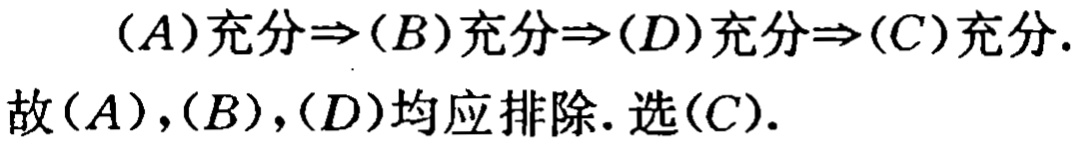
\((A)\text{充分}\Rightarrow(B)\text{充分}\Rightarrow(D)\text{充分}\Rightarrow(C)\text{充分}.\)
故\((A),(B),(D)\)均应排除. 选\((C)\).